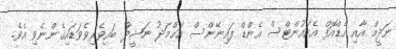
ނަދީމް އާއި ހެޑްއޮފް އެކައުންޓްސް އެންޑް ފައިނޭންސް އަޙްމަދު ނަޝީދު ބައިވެރިވެވަޑައިގެންނެވި އެވެ.